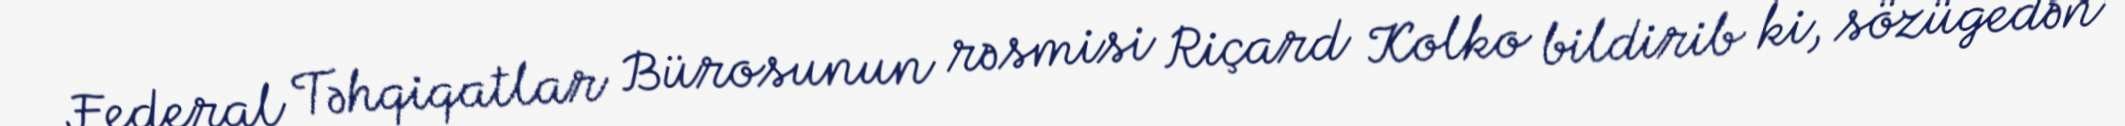
Federal Təhqiqatlar Bürosunun rəsmisi Riçard Kolko bildirib ki, sözügedən